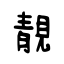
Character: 靚